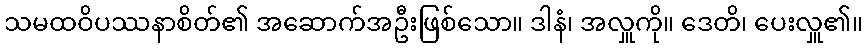
သမထဝိပဿနာစိတ်၏ အဆောက်အဦးဖြစ်သော။ ဒါနံ၊ အလှူကို။ ဒေတိ၊ ပေးလှူ၏။